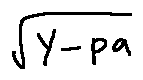
\sqrt { Y - p a }